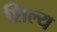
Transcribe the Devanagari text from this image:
शिल्य